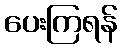
ပေးကြရန်